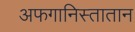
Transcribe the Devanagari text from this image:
अफगानिस्तातान